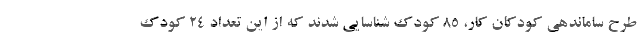
طرح ساماندهی کودکان کار، ۸۵ کودک شناسایی شدند که از این تعداد ۲۴ کودک